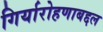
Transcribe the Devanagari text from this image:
गिर्यारोहणाबद्दल